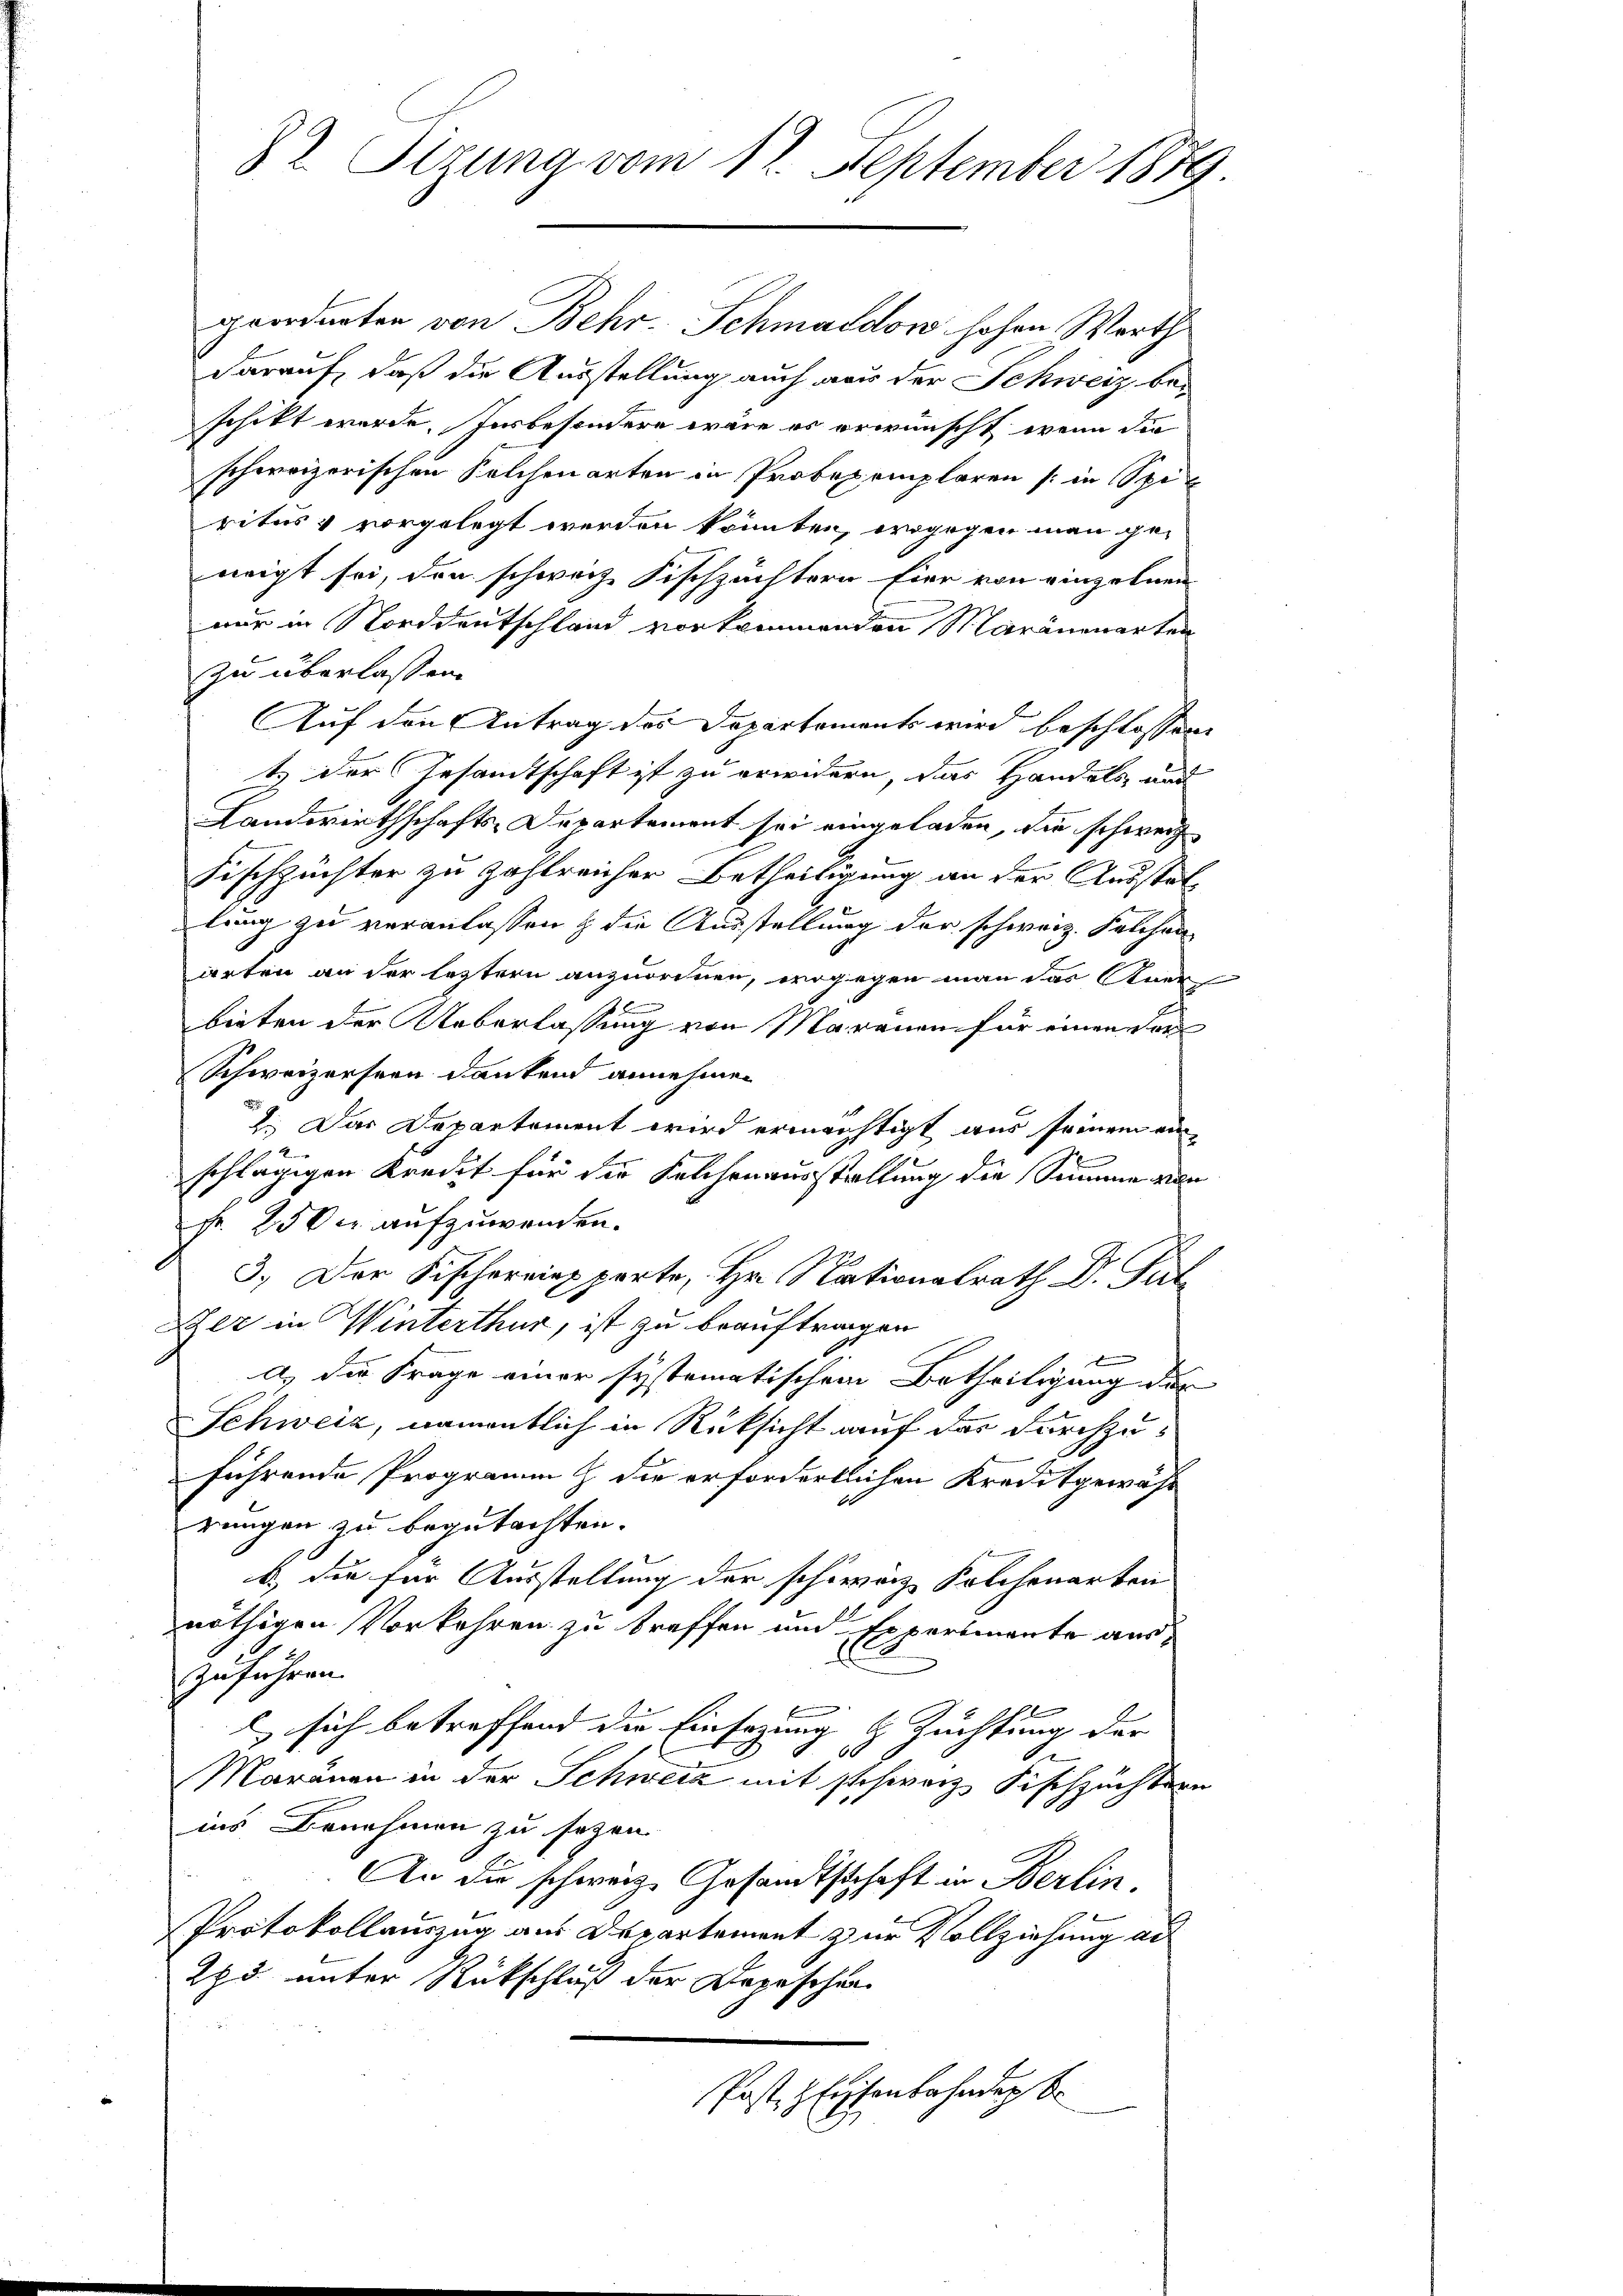
82. Sizung vom 11. September 1879.

geordneten von Behr-Schmaldow hohen Werth
darauf, daß die Ausstellung auch aus der Schweiz be-
schikt werde. Insbesondere wäre es erwünscht, wenn die
schweizerischen Solchenarten in Probexemplaren (in Spi
ritus & vorgelegt werden könnten, wogegen man ge-
neigt sei, den schweiz. Fischzächtern Eier von einzelnen
mir in Norddeutschland vorkommenden Maränenarten
zu überlassen.
Auf den Antrag der Departements wird beschlossene
tz der Gesamtschaft ist zu erwidern, das Handels und
Landwirthschafts-Departement sei eingeladen, die schweiz
Fischzüchter zu zahlreicher Betheiligung an der Ausstellung zu veranlassen & die Ausstellung der schweiz. Selchen
arten an der letztern anzuordnen, wogegen man das Aner
bieten der Ueberlassung von Maranen für einen der
Schweizersten dankend annehmen
2. Das Departement wird ermächtigt aus seinem ein
schlägigen Kredit für die Selchenausstellung die Summe von
Fr. 250 l. aufzuwenden.
3.) Der Fischereins parte, Hr. Nationalrath Dr. Pul
Zer in Winterthur, ist zu beauftragen

a.) Die Frage einer systematischem Betheiligung der
Schweiz, namentlich in Rüksicht auf das durchzuführende Programm & die erfordertlichen Kreditgewäh
rungen zu begutachten.
b. die für Ausstellung der schweiz Solchenarten
nöthigen Vorkehren zu treffen und Expertmante auszuführen.
 sich betreffend die Einsazung |
 Zuchtung der
d
1
Moränen in der Schweiz mit schweiz. Fischzüchtern
ins Benehmen zu setzen.
An die schweiz. Gesandtschaft in Berlin.
Protokollauszug aus Departement zur Vollziehung an
275 unter Rückschluß der Depeschen
Post. Eisenbahndung b

.